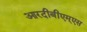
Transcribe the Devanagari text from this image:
आरदीबीएम्एस